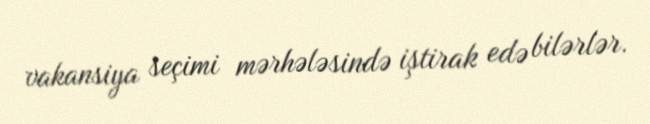
vakansiya seçimi mərhələsində iştirak edə bilərlər.